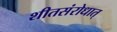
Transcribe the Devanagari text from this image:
शीतसंरोधात्